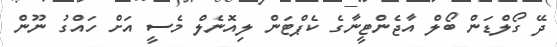
ދޭ ގޯލްޑަން ބޯލް އާޖެންޓީނާގެ ކެޕްޓަން ލިއޮނެލް މެސީ އަށް ހައްގު ނޫން